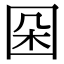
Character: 𡇙